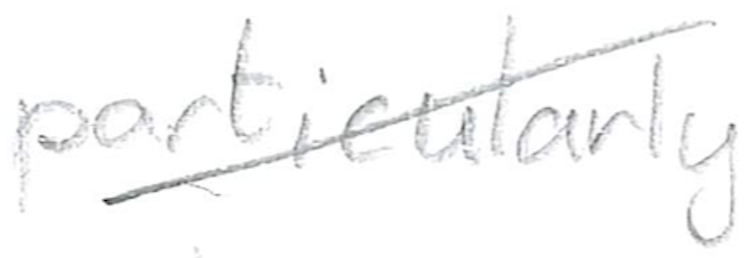
Text: particularly
Cross-out: diagonal
Writing tool: pencil